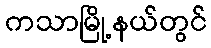
ကသာမြို့နယ်တွင်